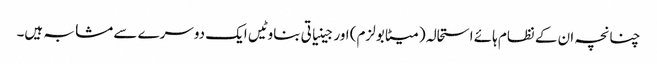
چنانچہ ان کے نظام ہائے استحالہ (میٹابولزم) اور جینیاتی بناوٹیں ایک دوسرے سے مشابہ ہیں۔